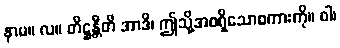
နာမ။ လ။ တိဋ္ဌန္တီတိ အာဒိ၊ ဤသို့အစရှိသောစကားကို။ ဝါ၊